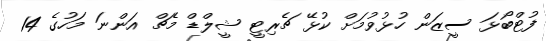
ފުޓްބޯޅަ ސީޒަން ހުޅުވުމަށް ކުޅޭ ޗެރިޓީ ޝީލްޑް މެޗް އަންނަ މަހުގެ 14